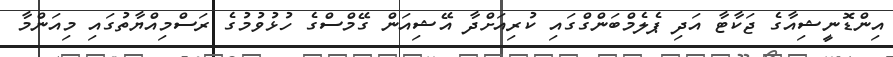
އިންޑޮނީޝިއާގެ ޖަކާޓާ އަދި ޕެލެމްބަންގްގައި ކުރިއަށްދާ އޭޝިއަން ގޭމްސްގެ ހުޅުވުމުގެ ރަސްމިއްޔާތުގައި މިއަންމާ